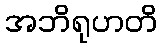
အဘိရုဟတိ